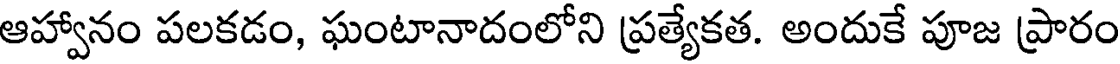
ఆహ్వానం పలకడం, ఘంటానాదంలోని ప్రత్యేకత. అందుకే పూజ ప్రారం